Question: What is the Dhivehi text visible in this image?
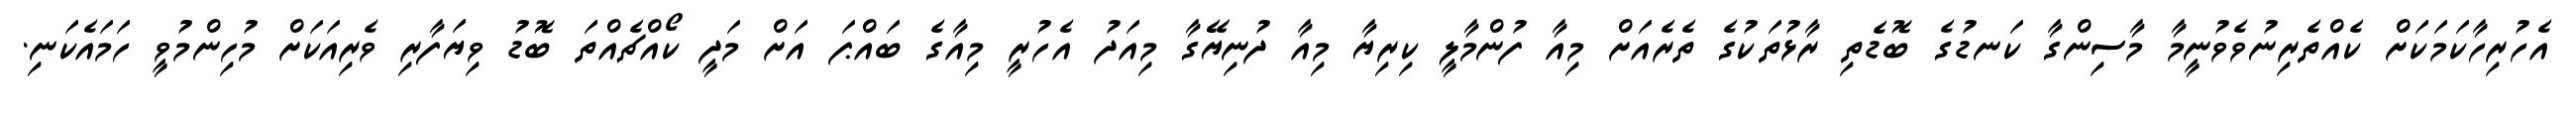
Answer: އެހުރިހާކަމަކަށް ކެއްތެރިނުވެވުނީމާ މާސިންގާ ކަނޑުގެ ބޮޑެތި ރާޅުތަކުގެ ތެރެއަށް މިއާ ފުންމާލީ ކިރިޔާ މިއާ ދުނިޔޭގާ މިއަދު އެހުރީ މިއާގެ ބައްޕަ އަށް މަދީ ކޯއްޗެއްތަ ބޮޑު ވިޔަފާރި ވެރިއަކަށް މުހިންމުވީ ހަމައެކަނި.